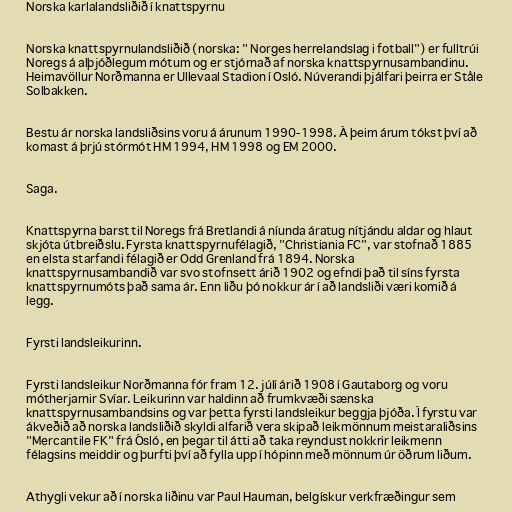
Norska karlalandsliðið í knattspyrnu

Norska knattspyrnulandsliðið (norska: " Norges herrelandslag i fotball") er fulltrúi
Noregs á alþjóðlegum mótum og er stjórnað af norska knattspyrnusambandinu.
Heimavöllur Norðmanna er Ullevaal Stadion í Osló. Núverandi þjálfari þeirra er Ståle
Solbakken.

Bestu ár norska landsliðsins voru á árunum 1990-1998. Á þeim árum tókst því að
komast á þrjú stórmót HM 1994, HM 1998 og EM 2000.

Saga.

Knattspyrna barst til Noregs frá Bretlandi á níunda áratug nítjándu aldar og hlaut
skjóta útbreiðslu. Fyrsta knattspyrnufélagið, "Christiania FC", var stofnað 1885
en elsta starfandi félagið er Odd Grenland frá 1894. Norska
knattspyrnusambandið var svo stofnsett árið 1902 og efndi það til síns fyrsta
knattspyrnumóts það sama ár. Enn liðu þó nokkur ár í að landsliði væri komið á
legg.

Fyrsti landsleikurinn.

Fyrsti landsleikur Norðmanna fór fram 12. júlí árið 1908 í Gautaborg og voru
mótherjarnir Svíar. Leikurinn var haldinn að frumkvæði sænska
knattspyrnusambandsins og var þetta fyrsti landsleikur beggja þjóða. Í fyrstu var
ákveðið að norska landsliðið skyldi alfarið vera skipað leikmönnum meistaraliðsins
"Mercantile FK" frá Ósló, en þegar til átti að taka reyndust nokkrir leikmenn
félagsins meiddir og þurfti því að fylla upp í hópinn með mönnum úr öðrum liðum.

Athygli vekur að í norska liðinu var Paul Hauman, belgískur verkfræðingur sem